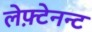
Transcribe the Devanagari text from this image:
लेफ़्टेनन्ट